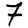
Digit: 7